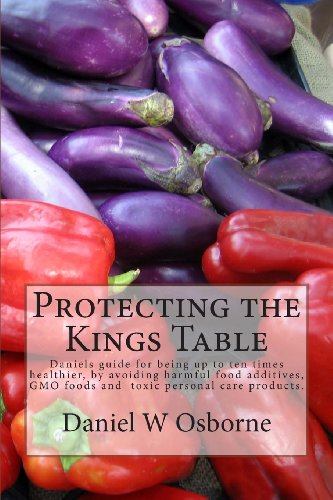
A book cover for Protecting The Kings Table: Daniels guide for being up to ten times healthier, by avoiding harmful food additives, GMO foods and  toxic personal care products. (2) (Volume 1); Daniel W Osborne; Health, Fitness & Dieting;